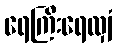
ရေကြီးရေလျှံ